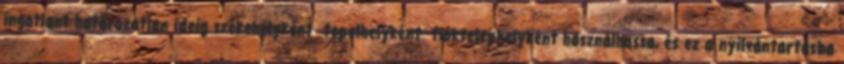
ingatlant határozatlan ideig székehelyként tepelhelyként fióktelephelyként használhassa, és ez a nyilvántartásba